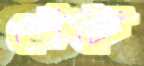
খেঁটে